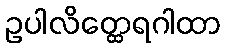
ဥပါလိတ္ထေရဂါထာ